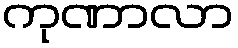
ကုဏာလာ